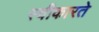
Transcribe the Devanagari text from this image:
स्‍वीकारते